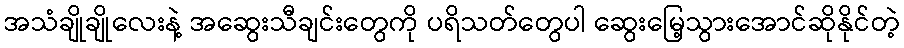
အသံချိုချိုလေးနဲ့ အဆွေးသီချင်းတွေကို ပရိသတ်တွေပါ ဆွေးမြေ့သွားအောင်ဆိုနိုင်တဲ့